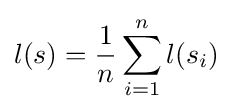
\displaystyle l(s)={\frac {1}{n}}\sum _{i=1}^{n}l(s_{i})